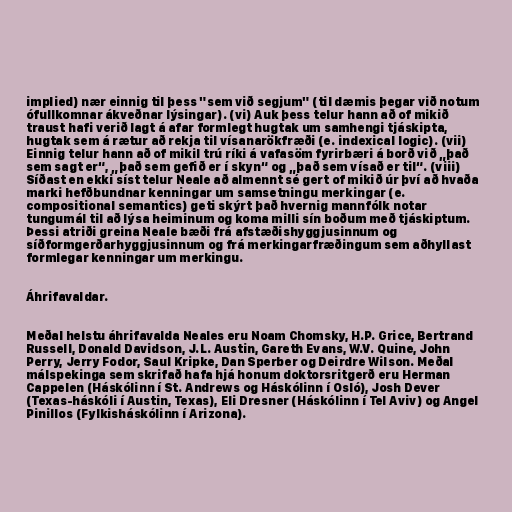
implied) nær einnig til þess "sem við segjum" (til dæmis þegar við notum
ófullkomnar ákveðnar lýsingar). (vi) Auk þess telur hann að of mikið
traust hafi verið lagt á afar formlegt hugtak um samhengi tjáskipta,
hugtak sem á rætur að rekja til vísanarökfræði (e. indexical logic). (vii)
Einnig telur hann að of mikil trú ríki á vafasöm fyrirbæri á borð við „það
sem sagt er“, „það sem gefið er í skyn“ og „það sem vísað er til“. (viii)
Síðast en ekki síst telur Neale að almennt sé gert of mikið úr því að hvaða
marki hefðbundnar kenningar um samsetningu merkingar (e.
compositional semantics) geti skýrt það hvernig mannfólk notar
tungumál til að lýsa heiminum og koma milli sín boðum með tjáskiptum.
Þessi atriði greina Neale bæði frá afstæðishyggjusinnum og
síðformgerðarhyggjusinnum og frá merkingarfræðingum sem aðhyllast
formlegar kenningar um merkingu.

Áhrifavaldar.

Meðal helstu áhrifavalda Neales eru Noam Chomsky, H.P. Grice, Bertrand
Russell, Donald Davidson, J.L. Austin, Gareth Evans, W.V. Quine, John
Perry, Jerry Fodor, Saul Kripke, Dan Sperber og Deirdre Wilson. Meðal
málspekinga sem skrifað hafa hjá honum doktorsritgerð eru Herman
Cappelen (Háskólinn í St. Andrews og Háskólinn í Osló), Josh Dever
(Texas-háskóli í Austin, Texas), Eli Dresner (Háskólinn í Tel Aviv) og Angel
Pinillos (Fylkisháskólinn í Arizona).